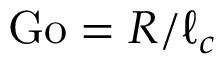
{ \mathrm { G o } } = R / \ell _ { c }